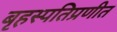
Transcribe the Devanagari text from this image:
बृहस्पतिप्रणीत